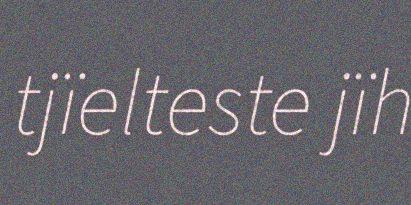
tjïelteste jïh